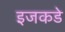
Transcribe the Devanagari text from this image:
इजकडे